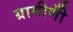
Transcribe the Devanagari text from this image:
ग्रामीणोँ